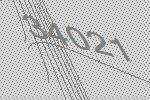
34021